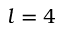
l = 4